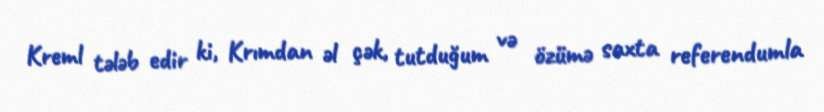
Kreml tələb edir ki, Krımdan əl çək, tutduğum və özümə saxta referendumla